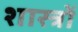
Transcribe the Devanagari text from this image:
शास्त्राें